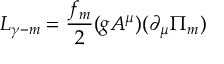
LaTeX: { \cal L } _ { \gamma - m } = { \frac { f _ { m } } { 2 } } ( g A ^ { \mu } ) ( \partial _ { \mu } \Pi _ { m } )